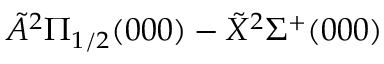
\tilde { A } ^ { 2 } \Pi _ { 1 / 2 } ( 0 0 0 ) - \tilde { X } ^ { 2 } \Sigma ^ { + } ( 0 0 0 )